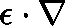
\mathbf { \epsilon } \cdot \nabla